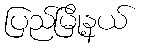
ပြည်မြို့နယ်